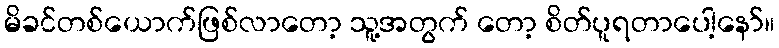
မိခင်တစ်ယောက်ဖြစ်လာတော့ သူ့အတွက် တော့ စိတ်ပူရတာပေါ့နော်။